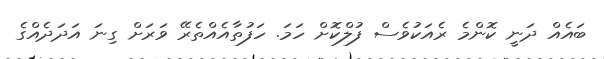
ބައެއް ދަނީ ކޮންމެ ރެއަކުވެސް ފުލްކޮށް ހަމަ. ހަފުތާއެއްތެރޭ ވަރަށް ގިނަ އަދަދެއްގެ